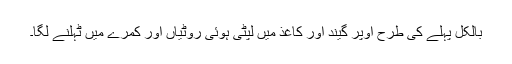
بالکل پہلے کی طرح اوپر گیند اور کاغذ میں لپٹی ہوئی روٹیاں اور کمرے میں ٹہلنے لگا۔